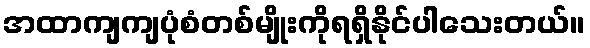
အထာကျကျပုံစံတစ်မျိုးကိုရရှိနိုင်ပါသေးတယ်။